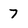
Character: 7